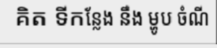
គិត ទីកន្លែង នឹង ម្ហូប ចំណី